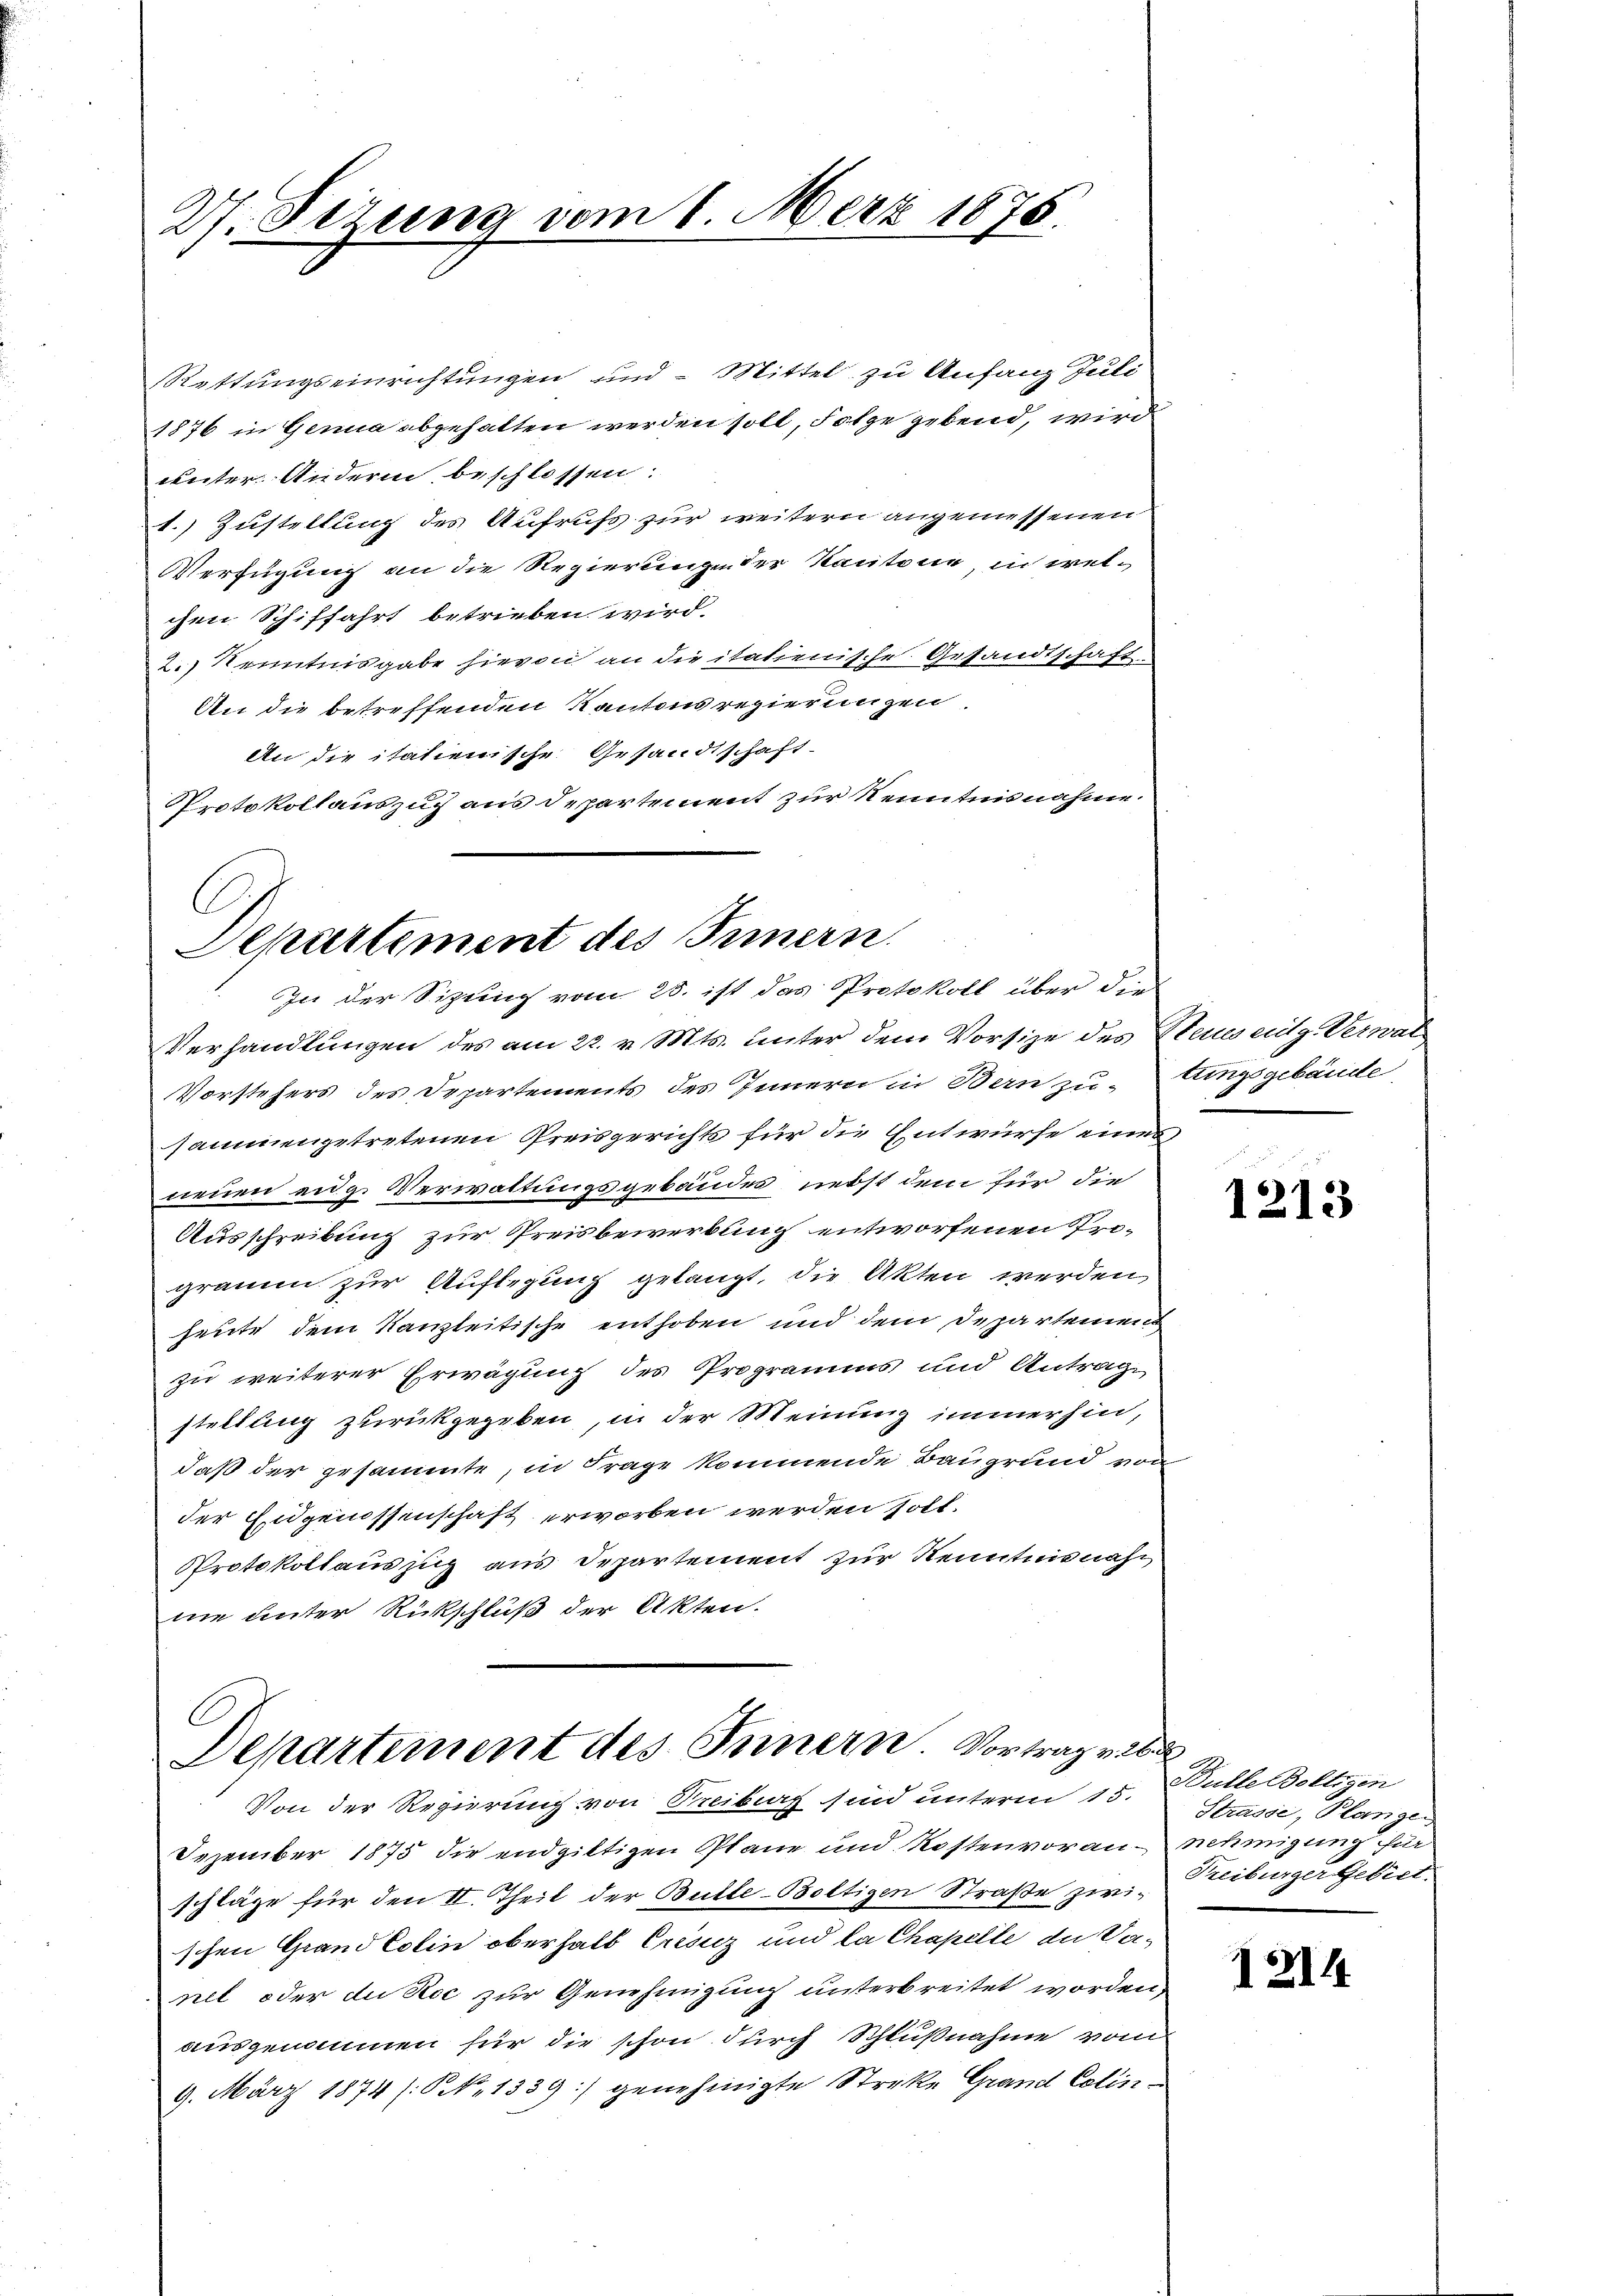
27. Sezung vom 1. März 1876.

Rettungseinrichtungen und - Mittel zu Anfang Juli
1876 in Genua abgehalten werden soll, Folge gebend, wird
unter Andern beschlossen:
1.) Zustellung des Aufrufs zur weitern angemessenen
Verfügung an die Regierungen der Kantone, in welchen Schiffahrt betrieben wird.
2.) Kenntnisgabe hievon an die italienische Gesandtschaft.
An die betreffenden Kantonsregierungen
An die italienische Gesandtschaft.
Protokollauszug aus Departement zur Kenntnisnahme.
Verhandlungen des am 22. v. Mts. hinter dem Vorsize des Steinseitg. Verwal
Vorstehers des Departements des Innern in Bern zutungsgebäude
sammengetretenen Preisgerichts für die Entwürfe eines
neuen eige Verwaltungsgebäudes, nebst dem für die
Ausschreibung zur Preisbewerbung entworfenen Programm zur Auflegung gelangt, die Akten werden,
heute dem Kanzleitische enthoben und dem Departemens
zu weiterer Erwägung des Programms und Antrage
stellung zurückgegeben, in der Meinung immerhin,
daß der gesammte, in Frage kommende Baugrund von
der Eidgenossenschaft erworben werden soll.
Protokollauszug aus Departement zur Kenntnisnahne unter Rückschluß der Akten.

C
Departement des Innern.
In der Sitzung vom 25. ist das Protokoll über die

Departement des Innern. Vortrag v. 26
Von der Regierung von Breiburg sind unterm 15.

Dezember 1875 die endgiltigen Plane und Kostenvoranschläge für den II. Theil der Bulle-Boltigen Straße zwischen Grand Colin oberhalb Creuz und la Chapelle in Vanel oder du Roc zur Genehmigung unterbreitet worden,
ausgenommen für die schon durch Schlußnahme vom
9. März 1874 (S. 1339) genehmigte Streke Grand Celin¬

1213

Bulle Beltigen
Strasse, Plange
nehmigung für
Freiburger Gebiet.

1214